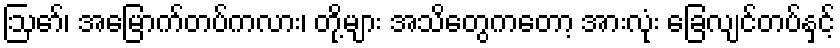
ဩော်၊ အမြောက်တပ်ကလား၊ တို့များ အသိတွေကတော့ အားလုံး ခြေလျင်တပ်နှင့်